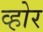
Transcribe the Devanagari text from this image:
व्होर